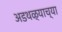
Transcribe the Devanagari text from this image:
अडथळ्याच्या